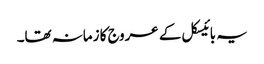
یہ بائیسکل کے عروج کا زمانہ تھا۔